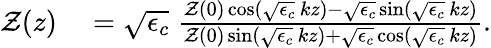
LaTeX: \begin{array}{rl}{\mathcal{Z}(z)}&{{}=\sqrt{\epsilon_{c}}\; \frac{\mathcal{Z}(0)\cos(\sqrt{\epsilon_{c}}\, kz)-\sqrt{\epsilon_{c}}\sin(\sqrt{\epsilon_{c}}\, kz)}{\mathcal{Z}(0)\sin(\sqrt{\epsilon_{c}}\, kz)+\sqrt{\epsilon_{c}}\cos(\sqrt{\epsilon_{c}}\, kz)}.}\end{array}